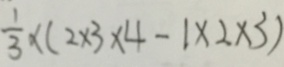
\frac { 1 } { 3 } \times ( 2 \times 3 \times 4 - 1 \times 2 \times 3 )